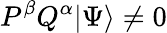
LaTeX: P^{\beta}Q^{\alpha}\vert\Psi\rangle\neq 0